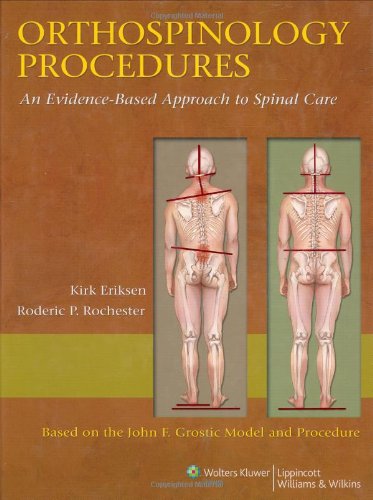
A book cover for Orthospinology Procedures: An Evidence-Based Approach to Spinal Care; Kirk Eriksen; Medical Books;